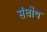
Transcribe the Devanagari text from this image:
संघोष